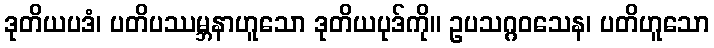
ဒုတိယပဒံ၊ ပတိပဿမ္ဘနာဟူသော ဒုတိယပုဒ်ကို။ ဥပသဂ္ဂဝသေန၊ ပတိဟူသော